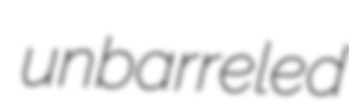
unbarreled